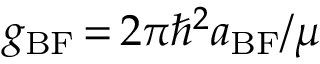
g _ { \mathrm { B F } } \, { = } \, 2 \pi \hbar ^ { 2 } a _ { \mathrm { B F } } / \mu